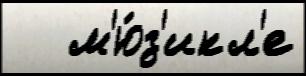
   м'ю́з'икл'е